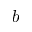
b